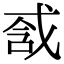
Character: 𢧆